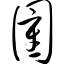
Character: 圉